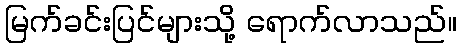
မြက်ခင်းပြင်များသို့ ရောက်လာသည်။